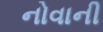
નોવાની